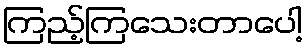
ကြည့်ကြသေးတာပေါ့